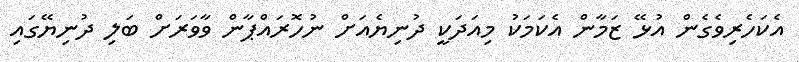
އެކަހެރިވެގެން އުޅޭ ޒަމާން އެކަމަކު މިއަދަކީ ދުނިޔެއަށް ނުހޮރައްޕާން ވާވަރަށް ބަލި ދުނިޔޭގައި